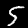
Label: 5